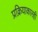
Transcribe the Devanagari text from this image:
प्रक्रियाकारही